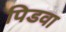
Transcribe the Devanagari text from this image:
पिडवा